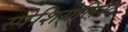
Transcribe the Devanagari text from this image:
स्पेशियलिस्ट